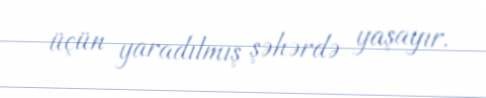
üçün yaradılmış şəhərdə yaşayır.